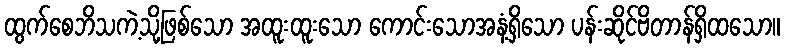
ထွက်စေဘိသကဲ့သို့ဖြစ်သော အထူးထူးသော ကောင်းသောအနံ့ရှိသော ပန်းဆိုင်ဗိတာန်ရှိထသော။